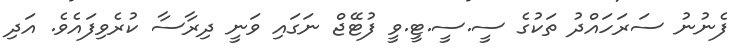
ފެނުނު ސަރަހައްދު ތަކުގެ ސީ.ސީ.ޓީ.ވީ ފުޓޭޖް ނަގައި ވަނީ ދިރާސާ ކުރެވިފައެވެ. އަދި